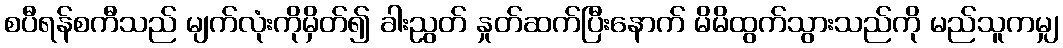
စပီရန်စကီသည် မျက်လုံးကိုမှိတ်၍ ခါးညွတ် နှုတ်ဆက်ပြီးနောက် မိမိထွက်သွားသည်ကို မည်သူကမျှ